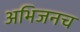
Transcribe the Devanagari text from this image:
अभिजनच